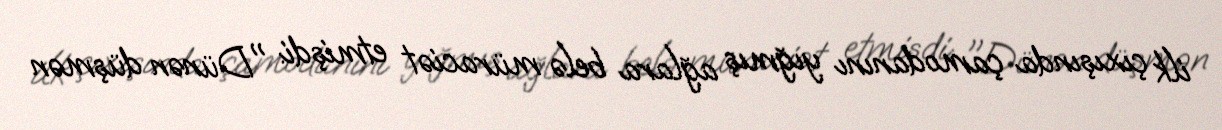
ilk çıxışında çamodanını yığmış ağlara belə müraciət etmişdi: "Dünən düşmən